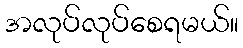
အလုပ်လုပ်စေရမယ်။